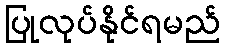
ပြုလုပ်နိုင်ရမည်